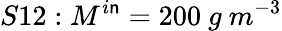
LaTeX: S12:M^{i\mathsf{n}}=200\ g\ m^{-3}